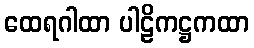
ထေရဂါထာ ပါဠိကဋ္ဌကထာ